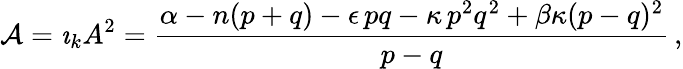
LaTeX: {\cal A}={\imath}_{k}A^{2}=\frac{\alpha-n(p+q)-\epsilon\, pq-\kappa\, p^{2}q^{2}+\beta\kappa(p-q)^{2}}{p-q}\, ,